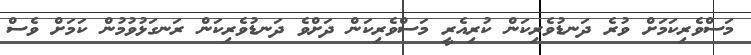
މަސްވެރިކަމަށް ވުރެ ދަނޑުވެރިކަން ކުރިއެރީ މަސްވެރިކަން ދަށްވެ ދަނޑުވެރިކަން ރަނގަޅުވުމުން ކަމަށް ވެސް